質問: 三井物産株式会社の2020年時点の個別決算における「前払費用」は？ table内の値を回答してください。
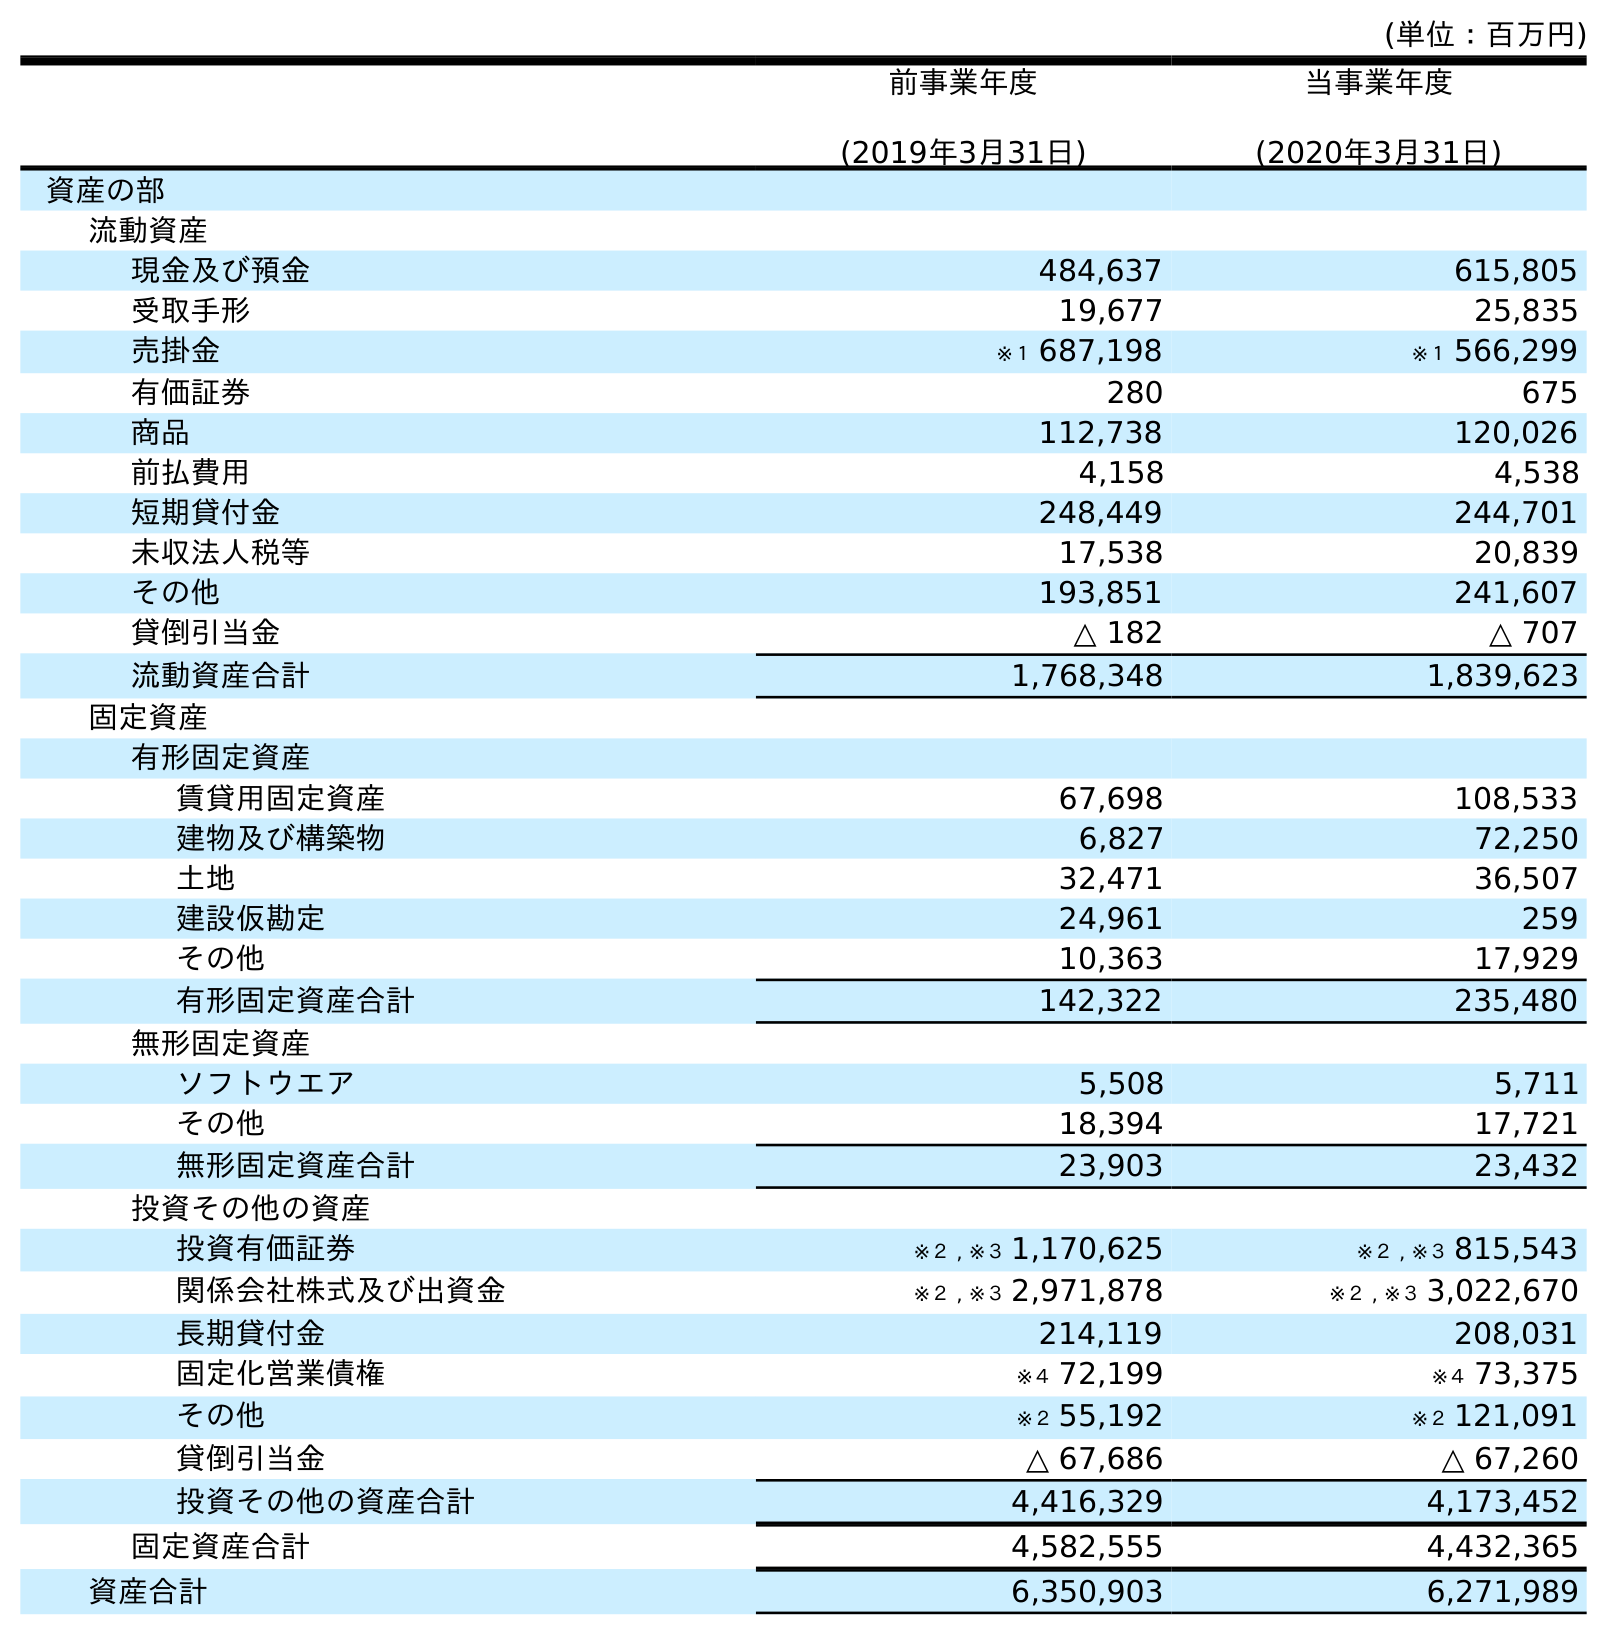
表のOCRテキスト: (単位：百万円) 前事業年度 (2019年3月31日) 当事業年度 (2020年3月31日) 資産の部 流動資産 現金及び預金 484,637 615,805 受取手形 19,677 25,835 売掛金 ※１ 687,198 ※１ 566,299 有価証券 280 675 商品 112,738 120,026 前払費用 4,158 4,538 短期貸付金 248,449 244,701 未収法人税等 17,538 20,839 その他 193,851 241,607 貸倒引当金 △ 182 △ 707 流動資産合計 1,768,348 1,839,623 固定資産 有形固定資産 賃貸用固定資産 67,698 108,533 建物及び構築物 6,827 72,250 土地 32,471 36,507 建設仮勘定 24,961 259 その他 10,363 17,929 有形固定資産合計 142,322 235,480 無形固定資産 ソフトウエア 5,508 5,711 その他 18,394 17,721 無形固定資産合計 23,903 23,432 投資その他の資産 投資有価証券 ※２ , ※３ 1,170,625 ※２ , ※３ 815,543 関係会社株式及び出資金 ※２ , ※３ 2,971,878 ※２ , ※３ 3,022,670 長期貸付金 214,119 208,031 固定化営業債権 ※４ 72,199 ※４ 73,375 その他 ※２ 55,192 ※２ 121,091 貸倒引当金 △ 67,686 △ 67,260 投資その他の資産合計 4,416,329 4,173,452 固定資産合計 4,582,555 4,432,365 資産合計 6,350,903 6,271,989
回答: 4,538